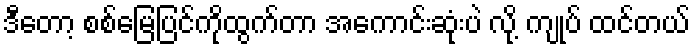
ဒီတော့ စစ်မြေပြင်ကိုထွက်တာ အကောင်းဆုံးပဲ လို့ ကျုပ် ထင်တယ်